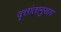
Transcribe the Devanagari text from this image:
वृत्तांतानुसार